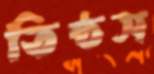
তিষ্ঠস